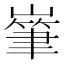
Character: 𡼸